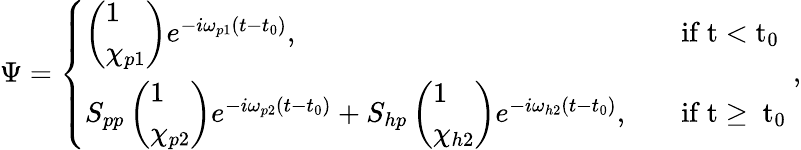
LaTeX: \begin{array}{r}{\Psi=\left\{ \begin{array}{ll}{\left(\begin{array}{l}{1}\\ {\chi_{p1}}\end{array}\right)e^{-i\omega_{p1}(t-t_{0})},}&{\quad\mathrm{if~t<t_0~}}\\ {S_{pp}\left(\begin{array}{l}{1}\\ {\chi_{p2}}\end{array}\right)e^{-i\omega_{p2}(t-t_{0})}+S_{hp}\left(\begin{array}{l}{1}\\ {\chi_{h2}}\end{array}\right)e^{-i\omega_{h2}(t-t_{0})},}&{\quad\mathrm{if~t\ge~t_0~}}\end{array}\right.,}\end{array}